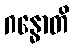
ဂန္ဓောတိ